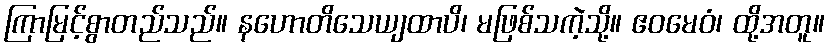
ကြာမြင့်စွာတည်သည်။ နဟောတိသေယျထာပိ၊ မဖြစ်သကဲ့သို့။ ဧဝမေဝံ၊ ထို့အတူ။